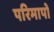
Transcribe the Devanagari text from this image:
परिमापो